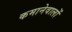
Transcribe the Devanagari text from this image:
कमानेवालों